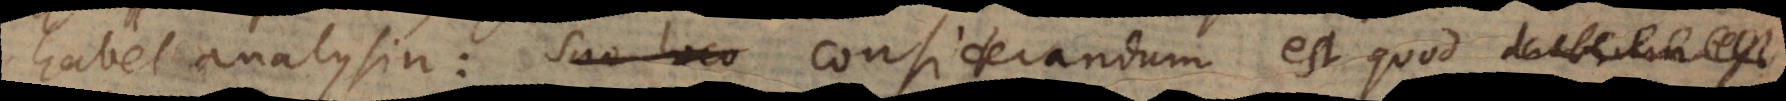
habet analysin: suo loco considerandum est quod dubium